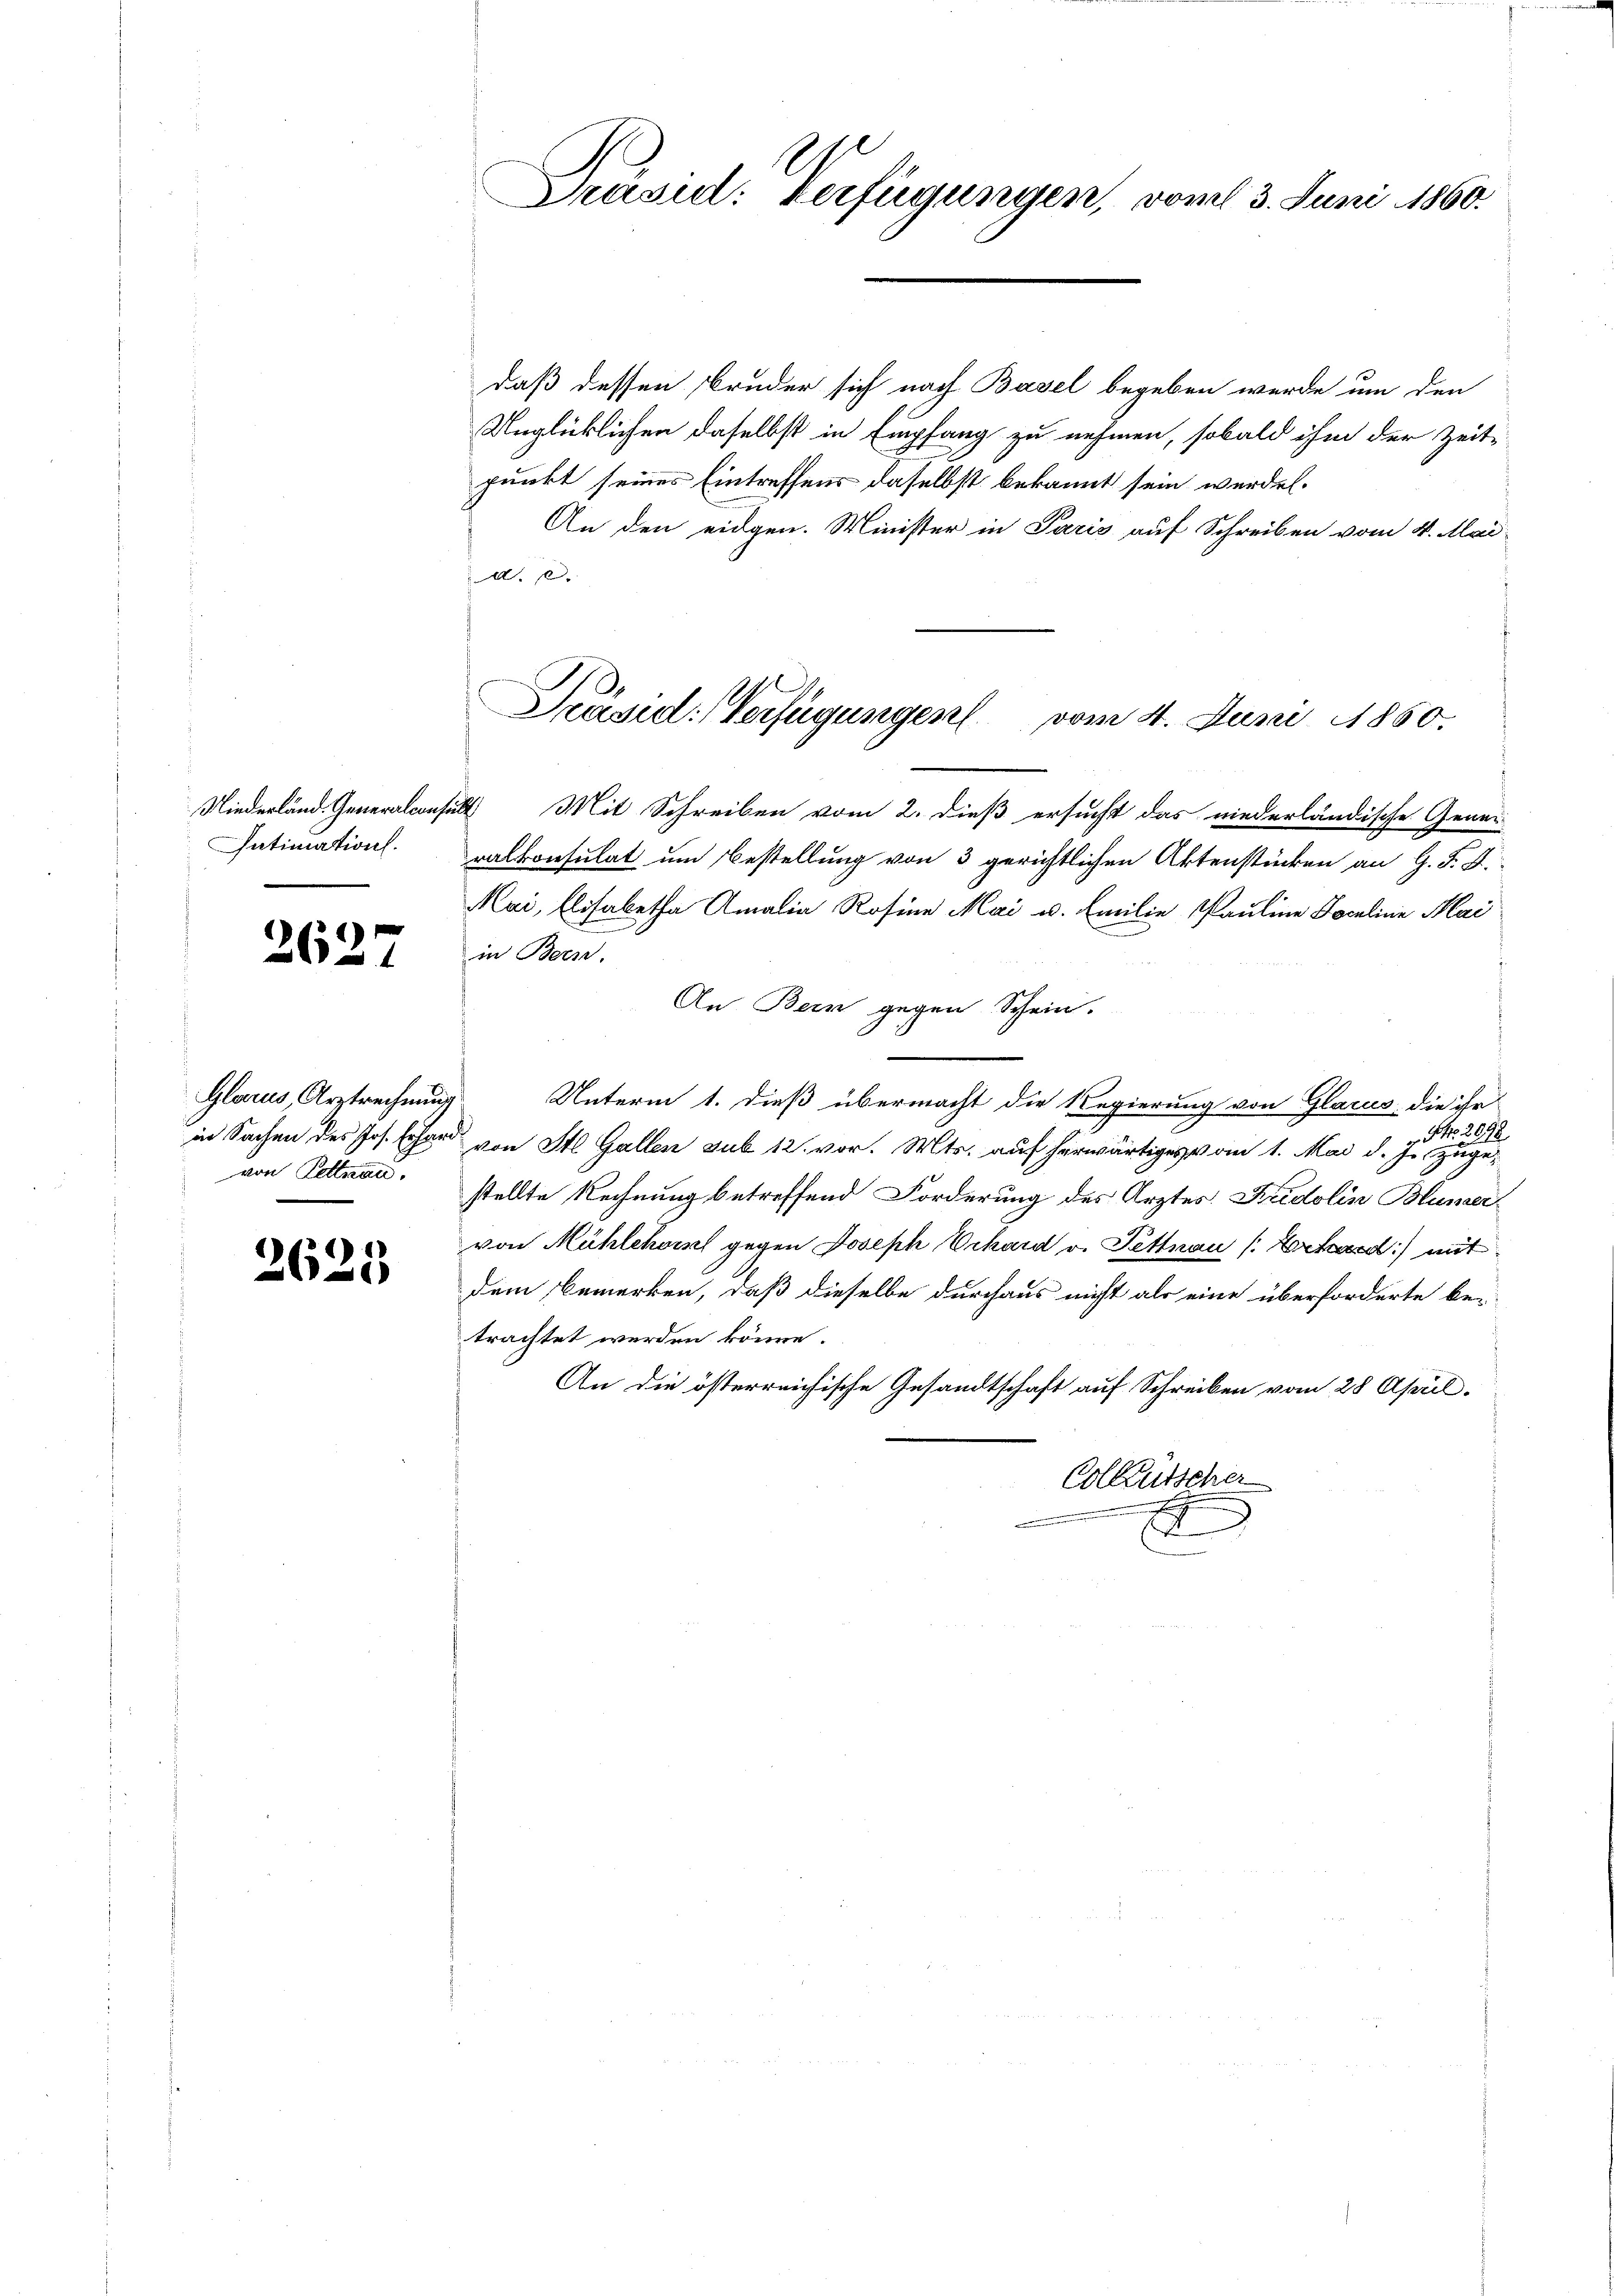
Niederländ. Generalcon
Intimation.

2627

Glarus, Arztrechnung
von Pettnau.

2625

Präsid: Verfügungen, vom 3. Juni 1860.

daß dessen Bruder sich nach Basel begeben wurde um den
Unglücklichen daselbst in Empfang zu nehmen, sobald ihm der Zeit-
punkt seines Eintreffens daselbst bekannt sein werden.
An den eidgen. Minister in Paris auf Schreiben vom 4. Mai
d. 2.
tult Mit Schreiben vom 2. dieß ersucht das niederländische Gener-
ralkonsulat um Bestellung von 3 gerichtlichen Aktenstücken an G. F. S.
Mai, Elisabetha Amalia Rosine Mai v. Emilie Pauline Faculine Mai
in Bern,
An Bern gegen Schein.
Unterm 1. dieß übermacht die Regierung von Glarus, die ihr
NNo. 2078
in Sachen des Jos. Erhard von St. Gallen sub 12. vor. Mts. auf herwärtiges vom 1. Mai d. Js. zugestellte Rechnung betreffend Forderung des Arztes Fridolin Blümer
von Mühlehors gegen Joseph Erhard v. Pettnau [Artard) mit
dem Bemerken, daß dieselbe durchaus nicht als eine überforderte be-
trachtet werden könne.
An die österreichische Gesandtschaft auf Schreiben vom 28 April.
Colleütscher
.
.

Präsid. Verfügungen vom 4. Juni 1850.